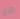
هو